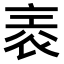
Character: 𧙰